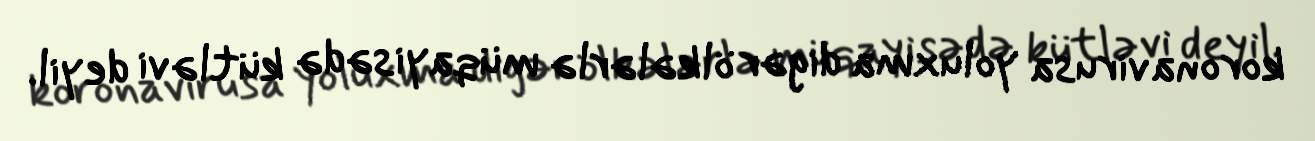
koronavirusa yoluxma digər ölkələrlə müqayisədə kütləvi deyil.